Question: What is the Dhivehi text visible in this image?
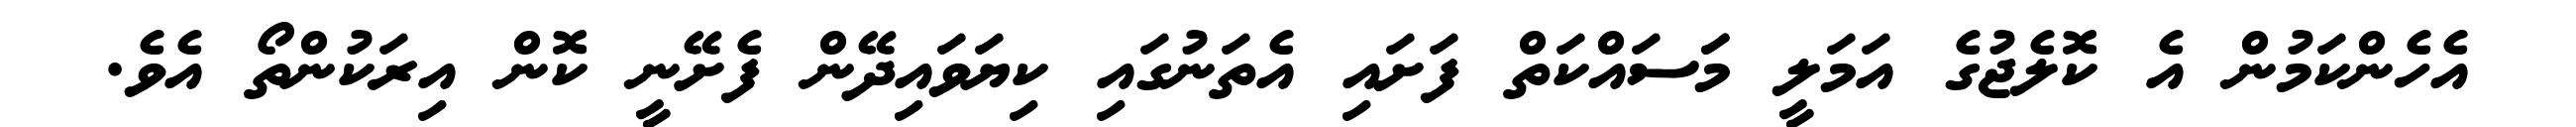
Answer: އެހެންކަމުން އެ ކޮލެޖުގެ އަމަލީ މަަސައްކަތް ފަށައި އެތަނުގައި ކިޔަވައިދޭން ފެށޭނީ ކޮން އިރަކުންތޯ އެވެ.